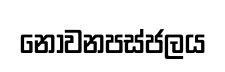
නොවනපස්ජලය